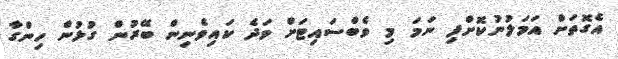
އެގޮތަށް އަމަލުނުކޮށްފި ނަމަ މި ވެބްސައިޓަށް ވަދެ ކައިވެނިން ބޭރުން ގުޅުން ހިންގާ